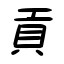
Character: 貢